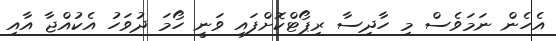
އެހެން ނަމަވެސް މި ހާދިސާ ރިޕޯޓްކޮށްފައި ވަނީ ހޯމަ ދުވަހު އެކުއްޖާ އާއި